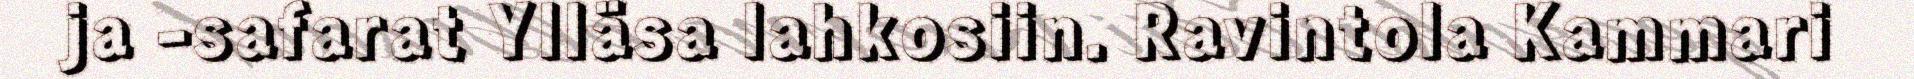
ja -safarat Ylläsa lahkosiin. Ravintola Kammari